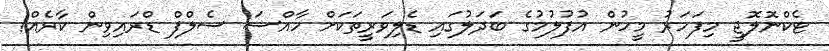
ޓެކްނޮލޮޖީ މިފަހަރު މީހުން އުފުލުމުގެ ބަދަލުގައި ޑެލިވަރީތަކަށް ހާއްސަ ސެލްފް ޑްރައިވިން ކާރެއް!